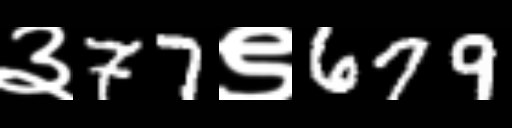
Text: ३77९679